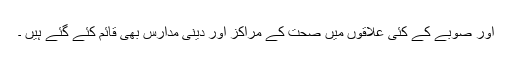
اور صوبے کے کئی علاقوں میں صحت کے مراکز اور دینی مدارس بھی قائم کئے گئے ہیں ۔